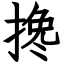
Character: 搀